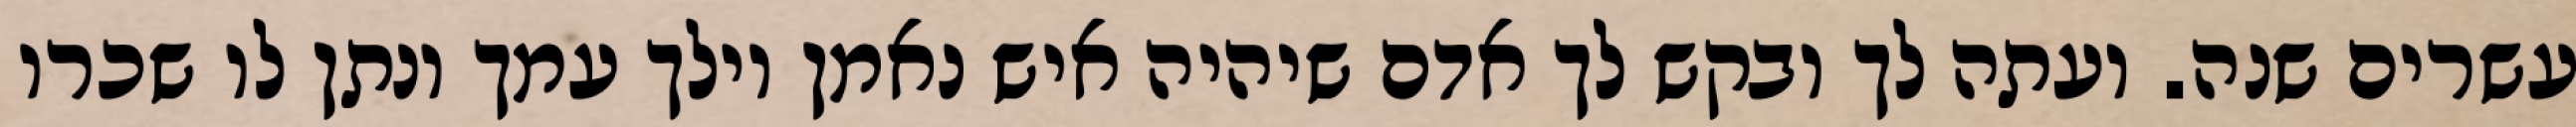
עשרים שנה. ועתה לך ובקש לך אדם שיהיה איש נאמן וילך עמך ונתן לו שכרו